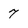
Character: 7